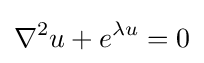
\displaystyle \nabla ^{2}u+e^{\lambda u}=0